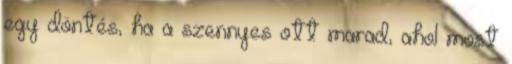
egy döntés, ha a szennyes ott marad, ahol most